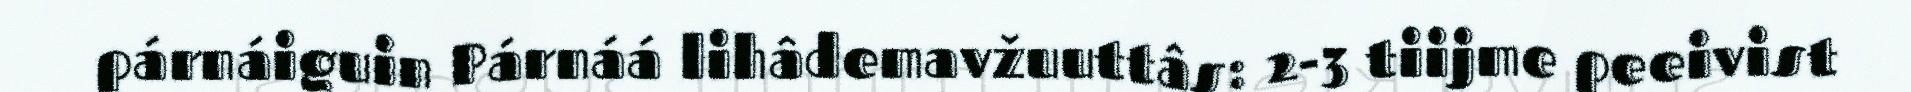
párnáiguin Párnáá lihâdemavžuuttâs: 2-3 tiijme peeivist